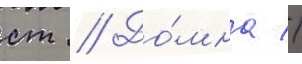
ст // До́мна //